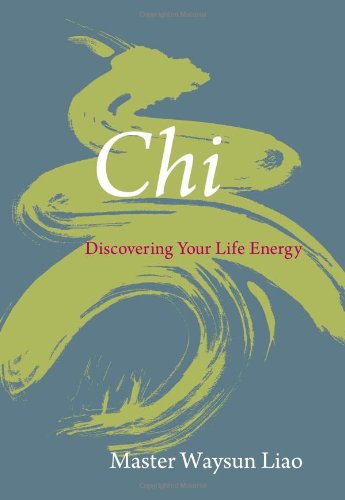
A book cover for Chi: Discovering Your Life Energy; Waysun Liao; Health, Fitness & Dieting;